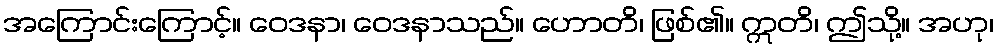
အကြောင်းကြောင့်။ ဝေဒနာ၊ ဝေဒနာသည်။ ဟောတိ၊ ဖြစ်၏။ ဣတိ၊ ဤသို့။ အဟု၊